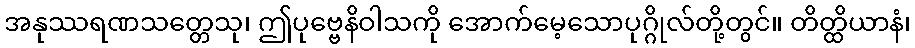
အနုဿရဏသတ္တေသု၊ ဤပုဗ္ဗေနိဝါသကို အောက်မေ့သောပုဂ္ဂိုလ်တို့တွင်။ တိတ္ထိယာနံ၊